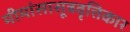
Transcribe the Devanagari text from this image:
मीमांसासूत्रवृत्तिकार